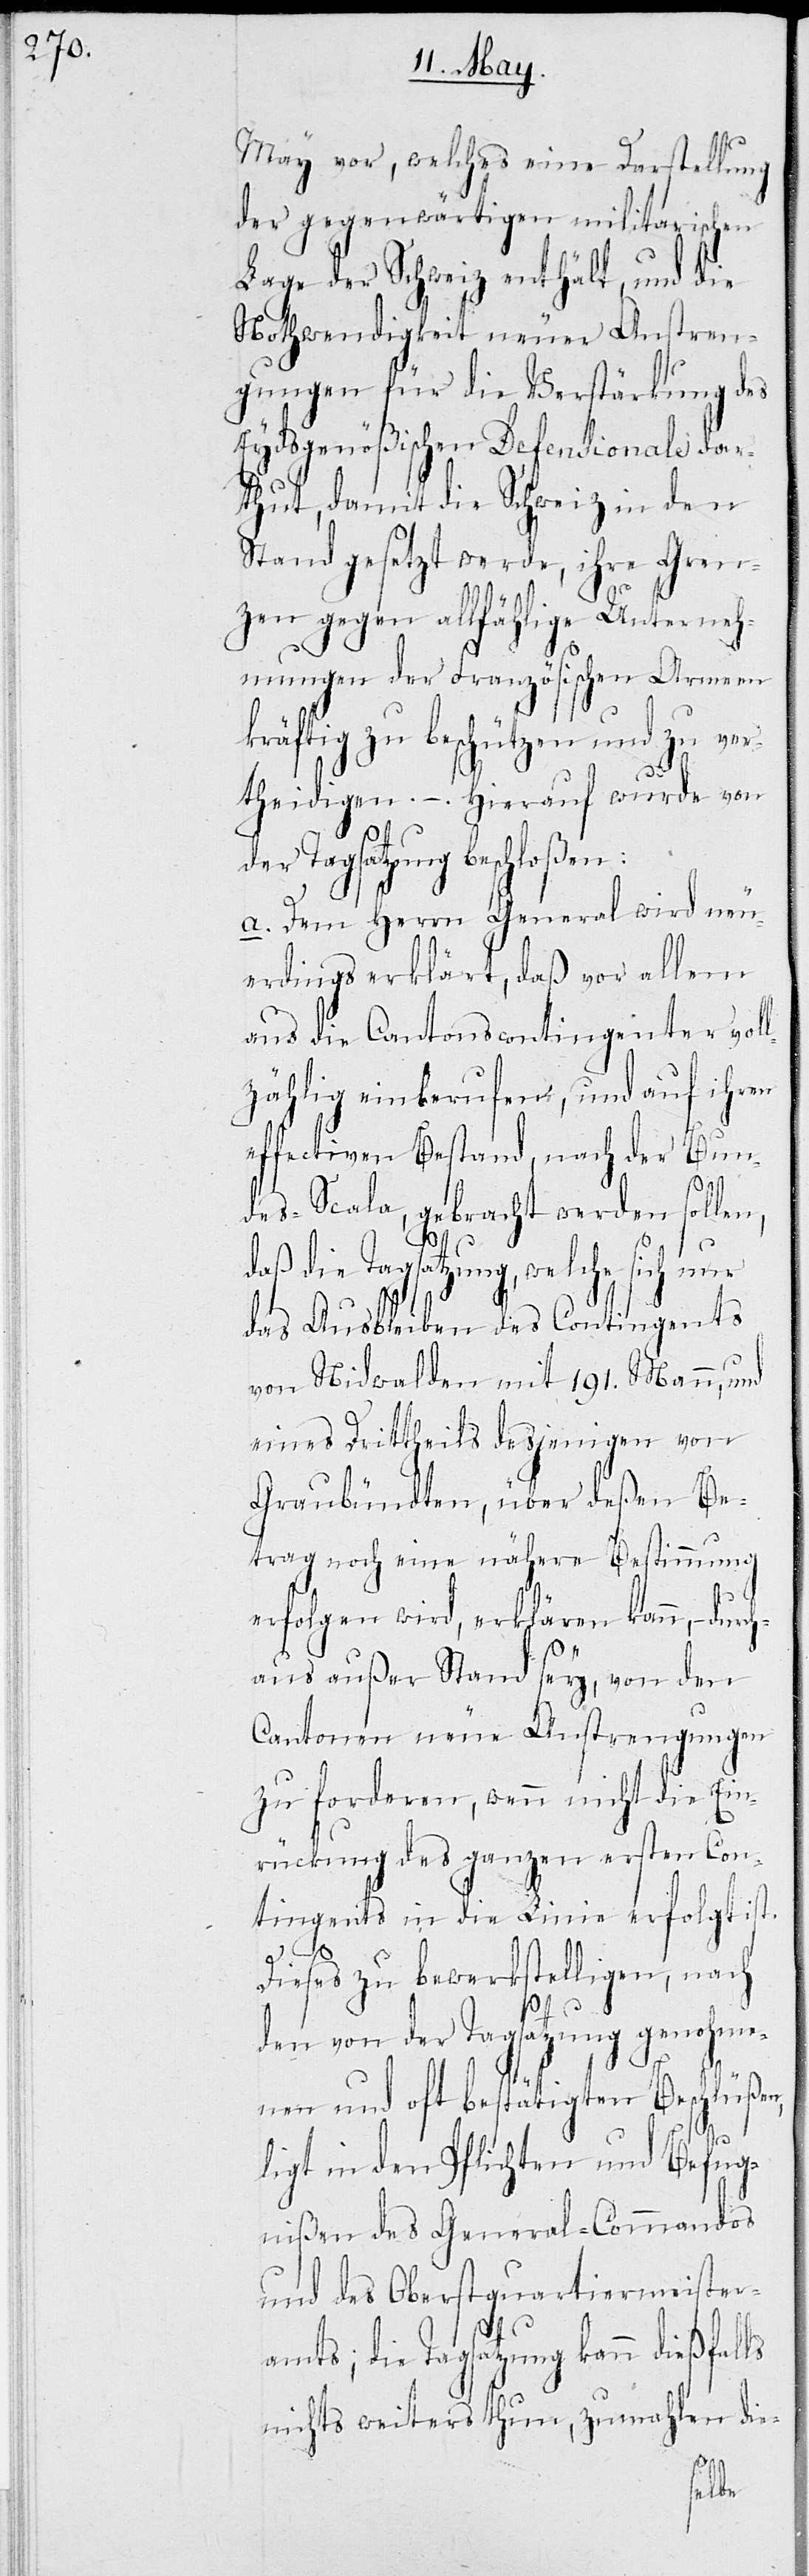
May vor, welches eine Darstellung
der gegenwärtigen militarischen
Lage der Schweiz enthält, und die
Nothwendigkeit neuer Anstren¬
gungen für die Verstärkung des
Eydsgenößischen Defensionale dar¬
thut, damit die Schweiz in den
Stand gesetzt werde, ihre Gren¬
zen gegen allfählige Unterneh¬
mungen der Französischen Armee
kräftig zu beschützen und zu ver¬
theidigen. – Hierauf wurde von
der Tagsatzung beschloßen:
a. Dem Herrn General wird neu¬
erdings erklärt, daß vor allem
die Cantonscontingenter voll¬
zählig einberufen, und auf ihrem
effectiven Bestand, nach der Bun¬
des-Scala, gebracht werden sollen,
daß die Tagsatzung, welche sich nur
das Ausbleiben des Contingents
von Nidwalden mit 191 Mann, und
eines Drittheils desjenigen von
Graubündten, über deßen Be¬
trag noch eine nähere Bestimmung
erfolgen wird, erklären kann, – du¬
aus außer Stand sey, von den
Cantonen neue Anstrengungen
zu forderen, wenn nicht die Ein¬
rückung des ganzen ersten Con¬
tingents in die Linie erfolgt ist.
Dieses zu bewerkstelligen, nach
den von der Tagsatzung genohme¬
nen und oft bestätigten Beschlüßen,
ligt in den Pflichten und Befug¬
nißen des General-Commandos
und des Oberstquartiermeisters¬
amts; die Tagsatzung kann dießfalls
nichts weiteres thun, zumahlen die-
rch¬